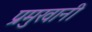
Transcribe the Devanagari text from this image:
प्रमुखानी